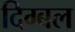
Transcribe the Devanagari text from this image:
दिग्बल